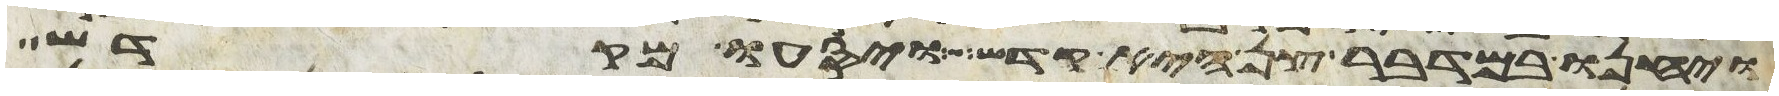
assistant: ויחנו במדבר צן היא קדש ויסעו מקדש